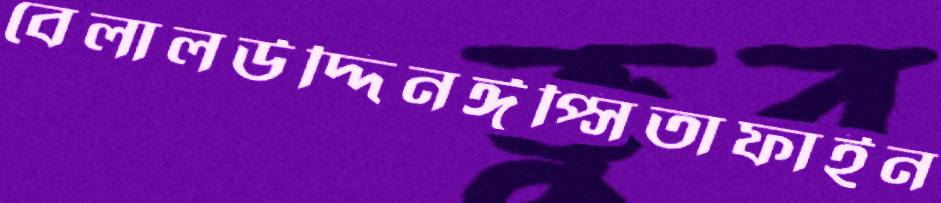
বেলালউদ্দিনঈপ্সিতাফাইন